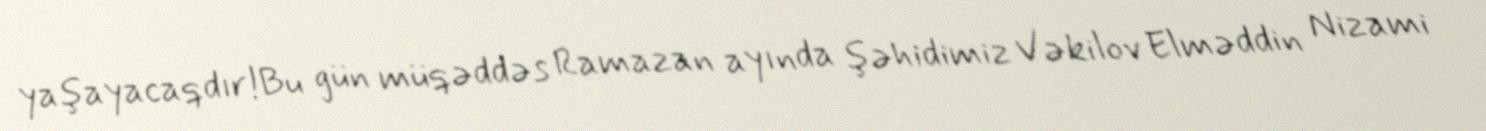
yaşayacaqdır!Bu gün müqəddəs Ramazan ayında şəhidimiz Vəkilov Elməddin Nizami